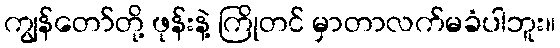
ကျွန်တော်တို့ ဖုန်းနဲ့ ကြိုတင် မှာတာလက်မခံပါဘူး။